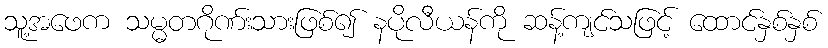
သူ့အဖေက သမ္မတဂိုဏ်းသားဖြစ်၍ နပိုလီယန်ကို ဆန့်ကျင်သဖြင့် ထောင်နှစ်နှစ်